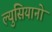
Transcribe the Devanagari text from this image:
ल्युसियानो